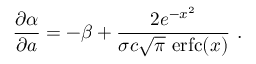
\frac { \partial \alpha } { \partial a } = - \beta + \frac { 2 e ^ { - x ^ { 2 } } } { \sigma c \sqrt { \pi } \ \mathrm { e r f c } ( x ) } \ .